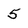
Character: 5